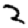
Digit: 2